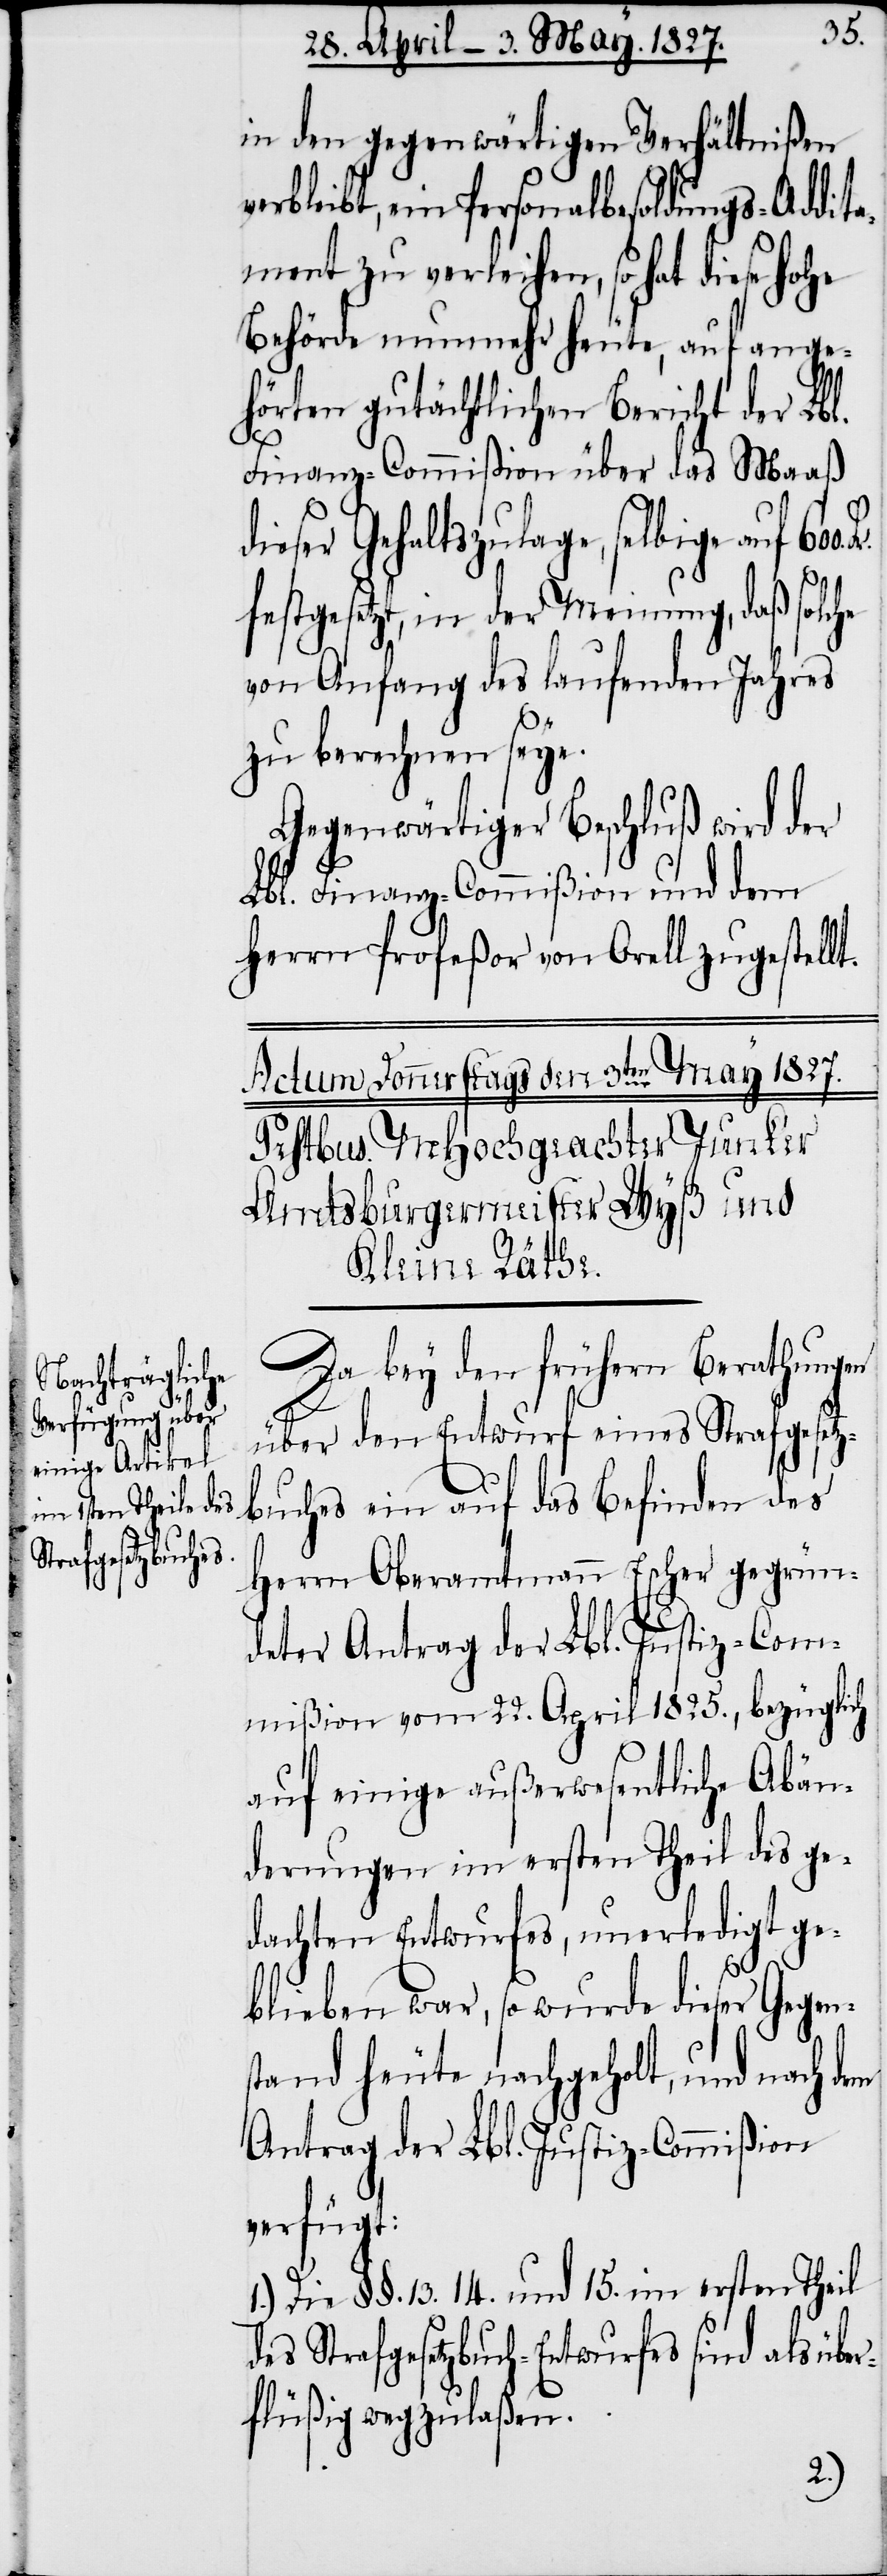
in den gegenwärtigen Verhältnißen
erbleibt, ein Personalbesoldungs-Addita¬
ment zu verleihen, so hat diese Hohe
Behörde nunmehr heute, auf ange¬
hörten gutächtlichen Bericht der Lbl.
Finanz-Commißion über das Maaß
dieser Gehaltszulage, selbige auf
festgesetzt, in der Meinung, daß solche
von Anfang des laufenden Jahres
zu berechnen seye.
Gegenwärtiger Beschluß wird der
Lbl. Finanz-Commißion und dem
Herrn Profeßor von Orell zugestellt.
Da bey den frühern Berathungen
über den Entwurf eines Strafgesetz¬
buches ein auf das Befinden des
Herrn Oberamtmann Escher gegrün¬
deter Antrag der Lbl. Justiz-Com¬
mißion vom 22. April 1825., bezüglich
auf einige außerwesentliche Abän¬
derungen im ersten Theil des ge¬
dachten Entwurfes, unerledigt ge¬
blieben war, so wurde dieser Gegen¬
stand heute nachgeholt, und nach
Antrag der Lbl. Justiz-Commißion
verfügt:
1.) Die §§. 13. 14. und 15. im ersten Theil
des Strafgesetzbuch-Entwurfes sind als übe¬
rflüßig wegzulaßen.
v¬